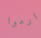
ارموا